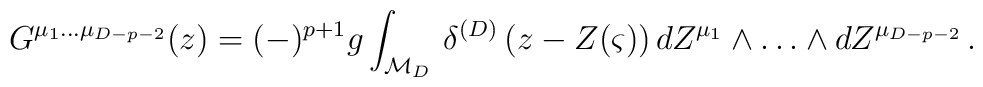
G^{\mu_1\ldots\mu_{D-p-2}}(z) = (-)^{p+1}g\int_{{\cal M}_D}\,\delta^{(D)}\left(z-Z(\varsigma)\right) dZ^{\mu_1} \wedge\ldots\wedge dZ^{\mu_{D-p-2}} \,.